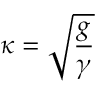
\kappa = { \sqrt { \frac { g } { \gamma } } }